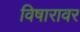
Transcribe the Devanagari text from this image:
विषारावर